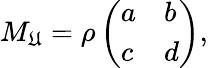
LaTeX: M_{\mathfrak{U}}=\rho\left(\begin{array}{ll}{{a}}&{{b}}\\ {{c}}&{{d}}\end{array}\right),